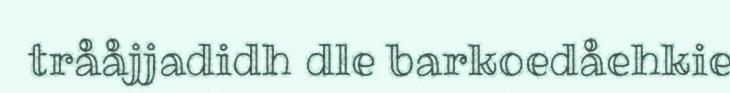
trååjjadidh dle barkoedåehkie